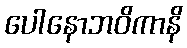
ပေါနောဘဝိကာနိ